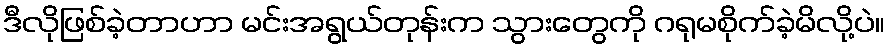
ဒီလိုဖြစ်ခဲ့တာဟာ မင်းအရွယ်တုန်းက သွားတွေကို ဂရုမစိုက်ခဲ့မိလို့ပဲ။